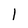
Character: l